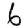
Digit: 6